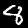
Label: 8